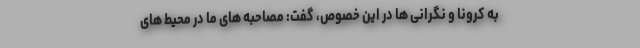
به کرونا و نگرانی ها در این خصوص، گفت: مصاحبه های ما در محیط های